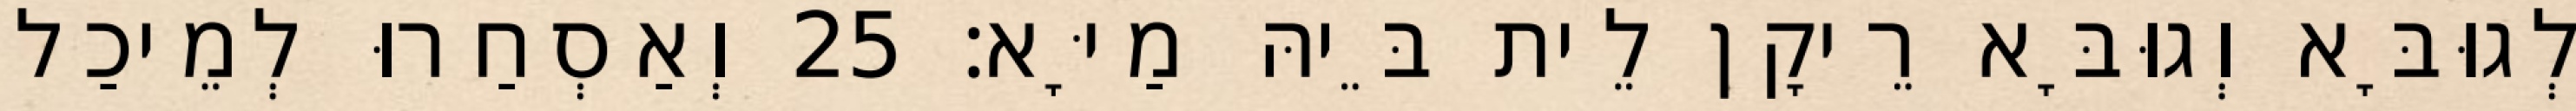
לְגוּבָּא וְגוּבָּא רֵיקָן לֵית בֵּיהּ מַיָּא׃ 25 וְאַסְחַרוּ לְמֵיכַל